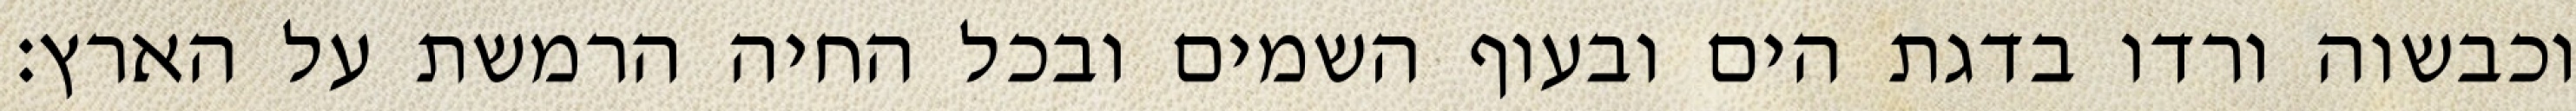
וכבשוה ורדו בדגת הים ובעוף השמים ובכל החיה הרמשת על הארץ׃